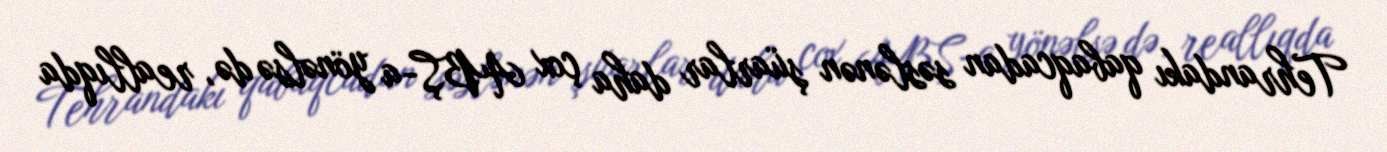
Tehrandakı qabaqcadan səslənən şüarlar daha çox ABŞ-a yönəlsə də, reallıqda